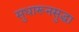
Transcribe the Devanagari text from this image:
सुधारूनसुद्धा